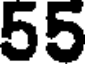
55